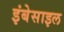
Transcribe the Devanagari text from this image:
इंबेसाइल